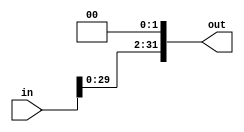
module shiftby2(out,in);
input [31:0]in;
output [31:0]out;

assign out = in << 2;


endmodule